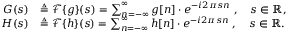
{ \begin{array} { r l } { G ( s ) } & { \triangleq { \mathcal { F } } \{ g \} ( s ) = \sum _ { n = - \infty } ^ { \infty } g [ n ] \cdot e ^ { - i 2 \pi s n } \; , \quad s \in \mathbb { R } , } \\ { H ( s ) } & { \triangleq { \mathcal { F } } \{ h \} ( s ) = \sum _ { n = - \infty } ^ { \infty } h [ n ] \cdot e ^ { - i 2 \pi s n } \; , \quad s \in \mathbb { R } . } \end{array} }